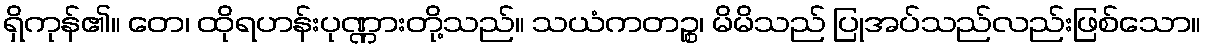
ရှိကုန်၏။ တေ၊ ထိုရဟန်းပုဏ္ဏားတို့သည်။ သယံကတဉ္စ၊ မိမိသည် ပြုအပ်သည်လည်းဖြစ်သော။